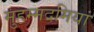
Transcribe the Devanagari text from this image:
मुहम्मदमियां